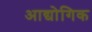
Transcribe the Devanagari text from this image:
आद्योगिक